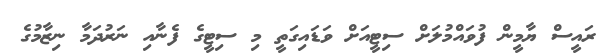
ރައީސް ޔާމީން ފުވައްމުލަށް ސިޓީއަށް ވަޑައިގަތީ މި ސިޓީގެ ފެނާއި ނަރުދަމާ ނިޒާމުގެ